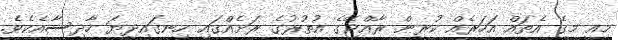
މިއީ މީގެ އެތައް އަހަރެއް ކުރިން ރާއްޖޭގެ އުތުރުގެ ރަށެއްގައި ހިނގައިދިޔަ ހާދިސާއެކެވެ.